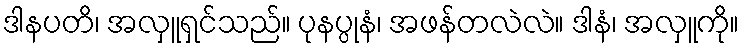
ဒါနပတိ၊ အလှူရှင်သည်။ ပုနပ္ပုနံ၊ အဖန်တလဲလဲ။ ဒါနံ၊ အလှူကို။